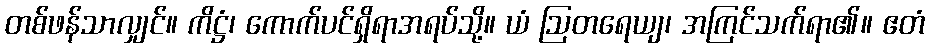
တစ်ဖန်သာလျှင်။ ကိဋ္ဌံ၊ ကောက်ပင်ရှိရာအရပ်သို့။ ယံ ဩတရေယျ၊ အကြင်သက်ရာ၏။ ဧတံ